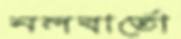
নলবার্তো